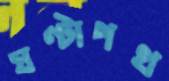
ঘণ্টাপথ